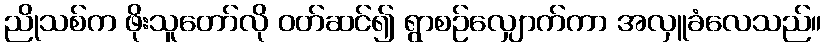
ညိုသစ်က ဖိုးသူတော်လို ဝတ်ဆင်၍ ရွာစဉ်လျှောက်ကာ အလှူခံလေသည်။